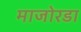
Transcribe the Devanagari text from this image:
माजोरडा